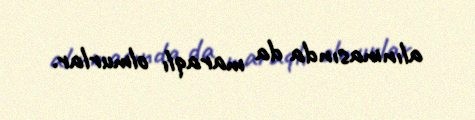
alınmasında da maraqlı olmurlar.